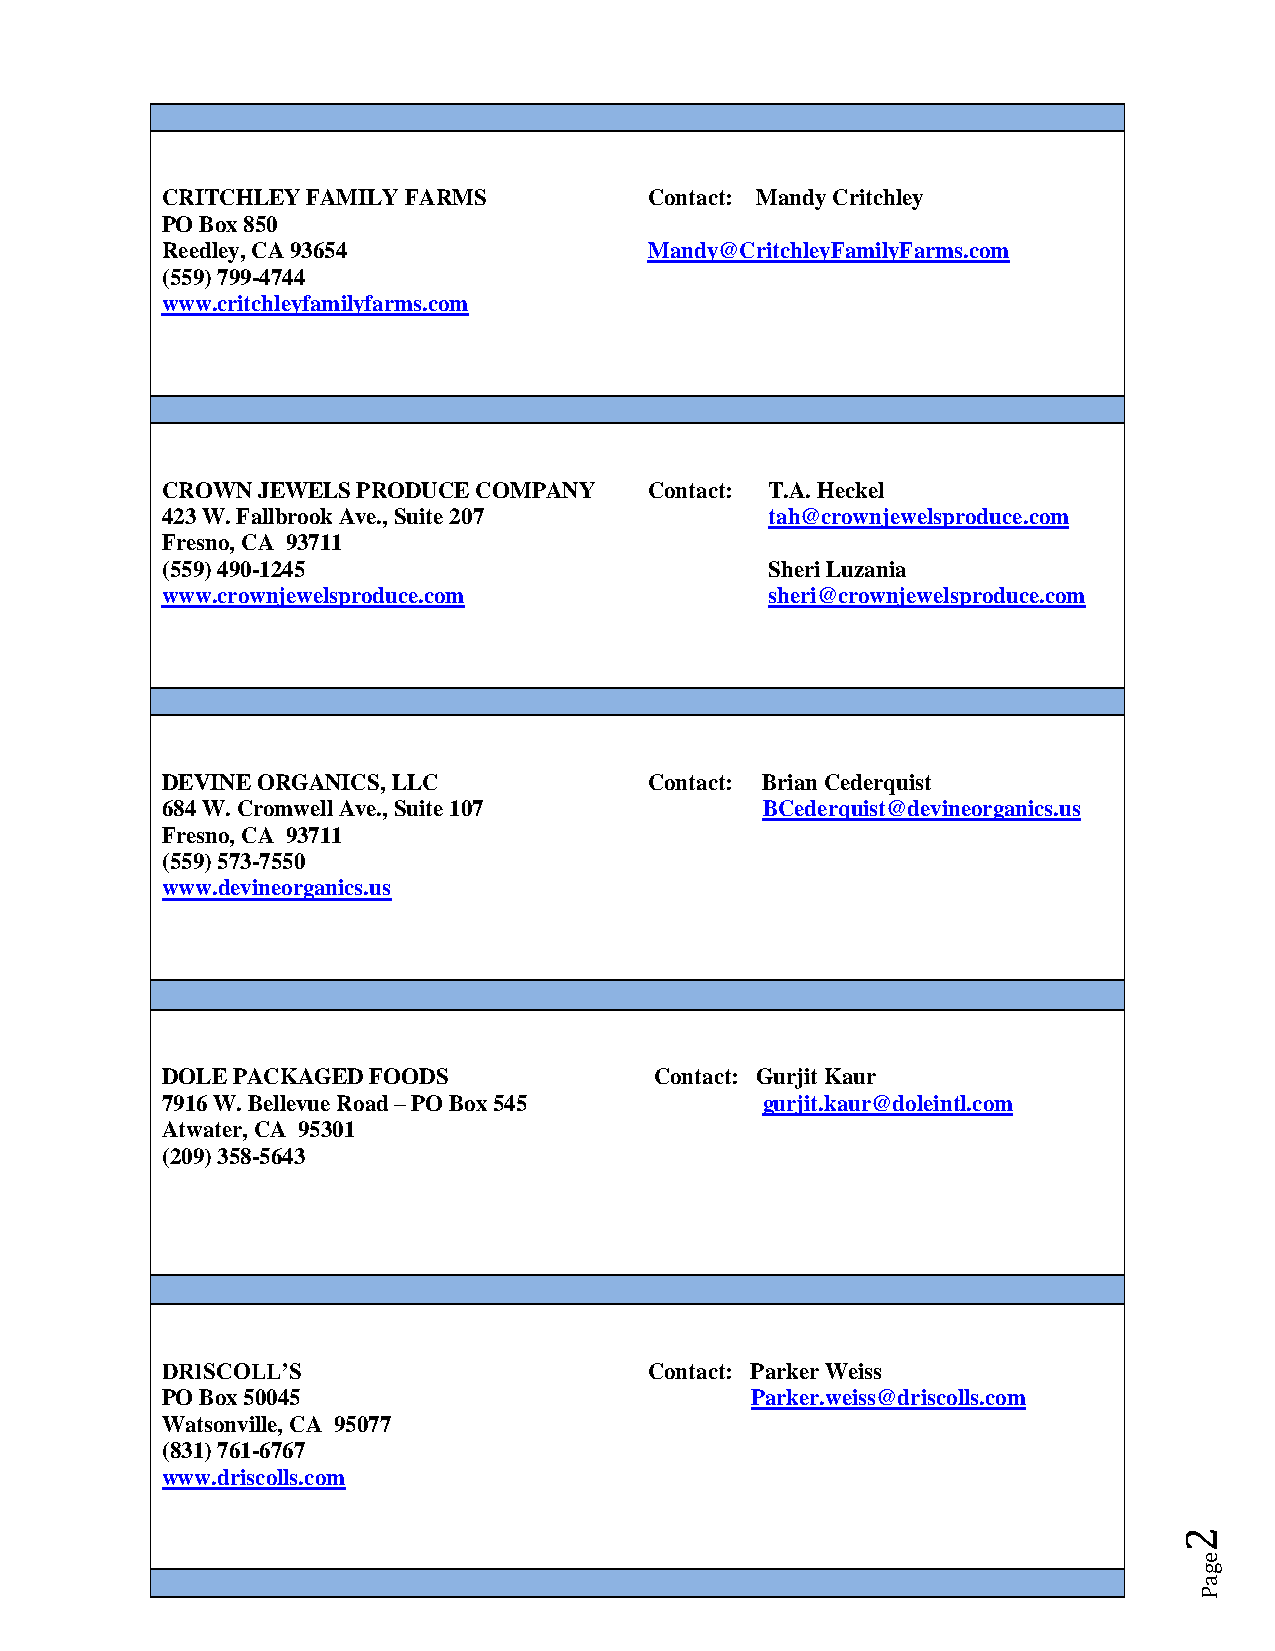
CRITCHLEY FAMILY FARMS          Contact: Mandy Critchley
 PO Box 850
 Reedley, CA 93654               Mandy@CritchleyFamilyFarms.com
 (559) 799-4744
 www.critchleyfamilyfarms.com
 CROWN JEWELS PRODUCE COMPANY    Contact: T.A. Heckel
 423 W. Fallbrook Ave., Suite 207        tah@crownjewelsproduce.com
 Fresno, CA 93711
 (559) 490-1245                          Sheri Luzania
 www.crownjewelsproduce.com              sheri@crownjewelsproduce.com
 DEVINE ORGANICS, LLC            Contact: Brian Cederquist
 684 W. Cromwell Ave., Suite 107        B C e d e r q u i s t @ d e v i n e o r g a n i c s . u s
 Fresno, CA 93711
 (559) 573-7550
 www.devineorganics.us
 DOLE PACKAGED FOODS             Contact: Gurjit Kaur
 7916 W. Bellevue Road – PO Box 545     gurjit.kaur@doleintl.com
 Atwater, CA 95301
 (209) 358-5643
 DRISCOLL’S                      Contact: Parker Weiss
 PO Box 50045                           Parker.weiss@driscolls.com
 Watsonville, CA 95077
 (831) 761-6767
 www.driscolls.com
 2
 e
 g
 a
 P